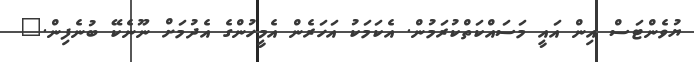
ޔުވެންޓަސް އިން އައީ މަސައްކަތްކުރަމުން. އެކަމަކު އަހަރެން އެމީހުންގެ އެދުމަށް ނޫނެކޭ ބުނެފިން."